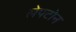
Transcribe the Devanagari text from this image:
लेपटोन